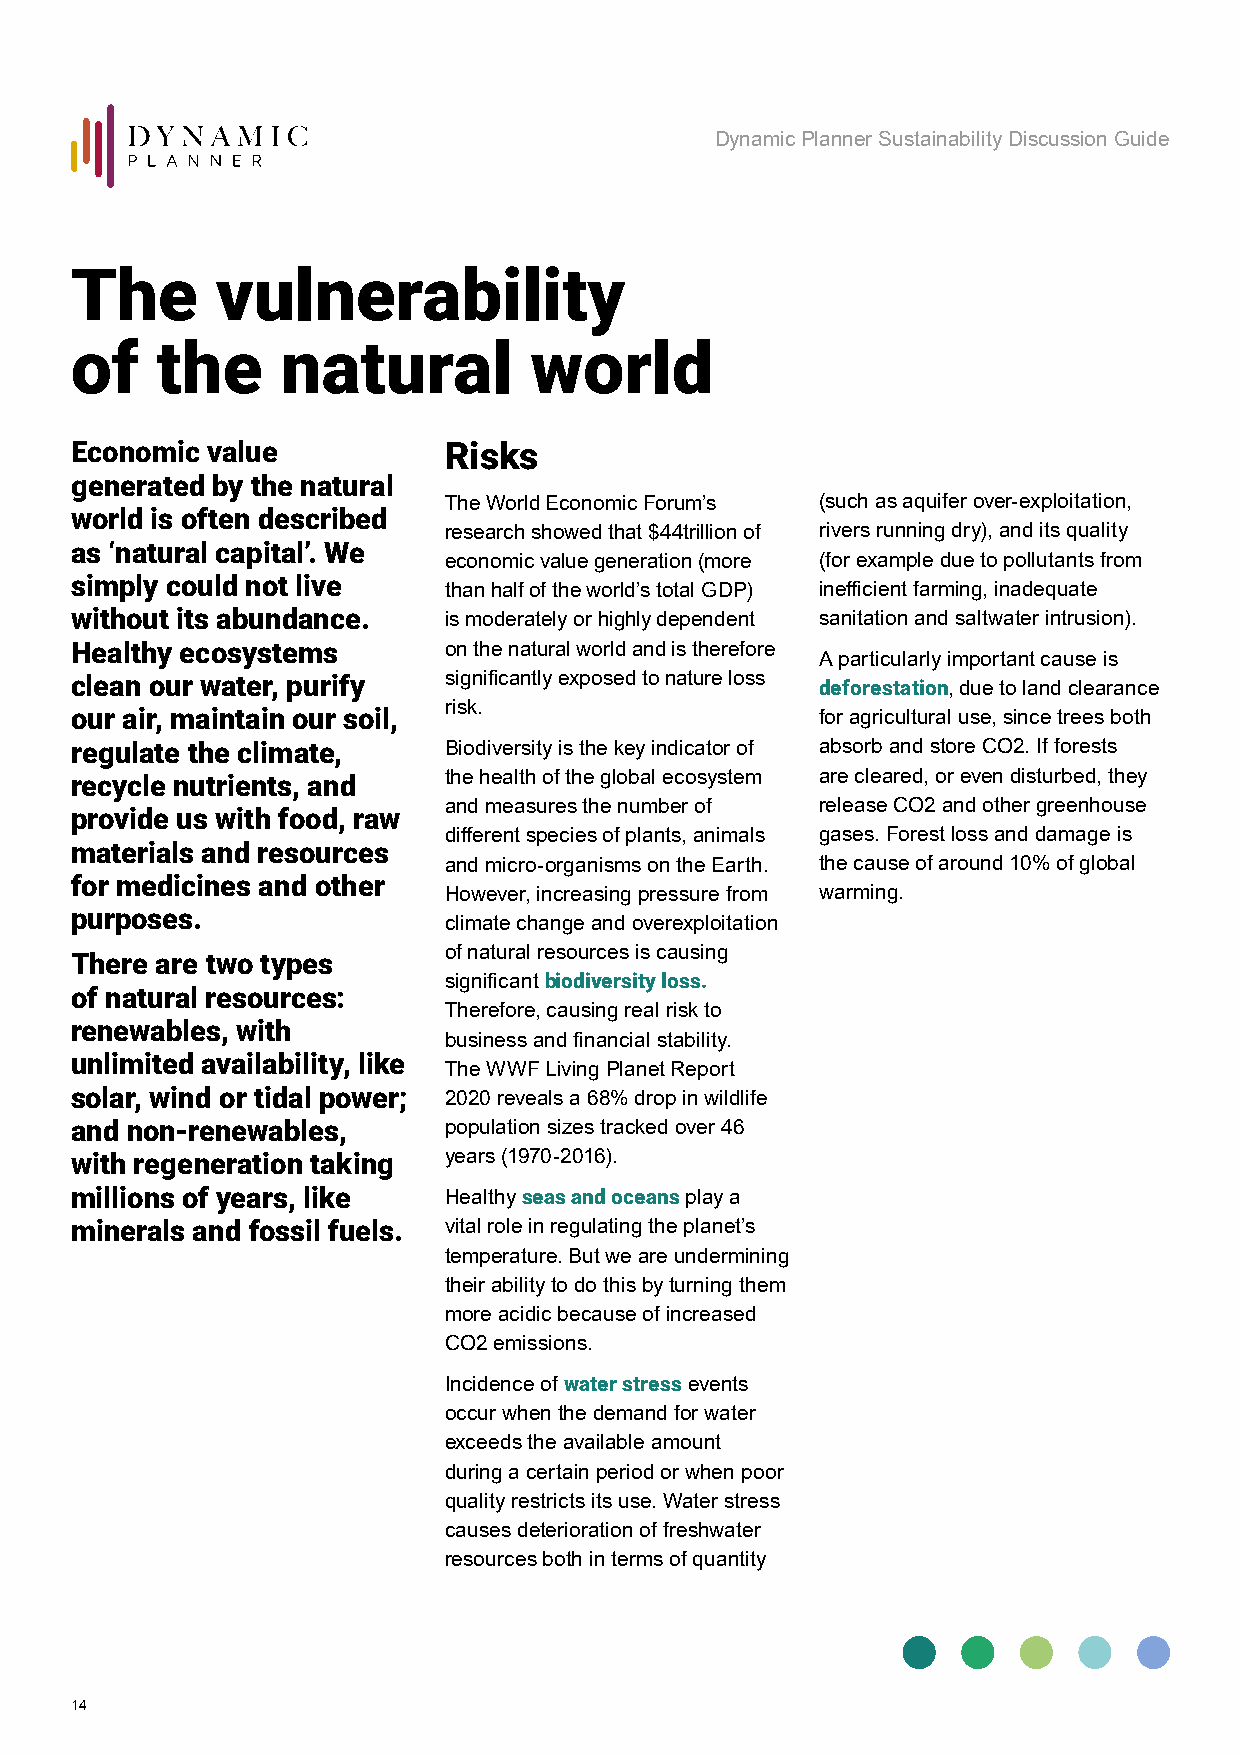
Dynamic Planner Sustainability Discussion Guide
 The      vulnerability
 of   the      natural         world
 Economic value          Risks
 generated by the natural
 The World Economic Forum’s (such as aquifer over-exploitation,
 world is often described
 research showed that $44trillion of rivers running dry), and its quality
 as ‘natural capital’. We
 economic value generation (more (for example due to pollutants from
 simply could not live
 than half of the world’s total GDP) inefficient farming, inadequate
 without its abundance.  is moderately or highly dependent sanitation and saltwater intrusion).
 Healthy ecosystems      on the natural world and is therefore
 A particularly important cause is
 clean our water, purify significantly exposed to nature loss deforestation, due to land clearance
 risk.
 our air, maintain our soil,                      for agricultural use, since trees both
 regulate the climate,   Biodiversity is the key indicator of absorb and store CO2. If forests
 recycle nutrients, and  the health of the global ecosystem are cleared, or even disturbed, they
 and measures the number of release CO2 and other greenhouse
 provide us with food, raw
 different species of plants, animals gases. Forest loss and damage is
 materials and resources
 and micro-organisms on the Earth. the cause of around 10% of global
 for medicines and other
 However, increasing pressure from warming.
 purposes.
 climate change and overexploitation
 of natural resources is causing
 There are two types
 significant biodiversity loss.
 of natural resources:
 Therefore, causing real risk to
 renewables, with
 business and financial stability.
 unlimited availability, like
 The WWF Living Planet Report
 solar, wind or tidal power; 2020 reveals a 68% drop in wildlife
 and non-renewables,     population sizes tracked over 46
 with regeneration taking years (1970-2016).
 millions of years, like Healthy seas and oceans play a
 minerals and fossil fuels. vital role in regulating the planet’s
 temperature. But we are undermining
 their ability to do this by turning them
 more acidic because of increased
 CO2 emissions.
 Incidence of water stress events
 occur when the demand for water
 exceeds the available amount
 during a certain period or when poor
 quality restricts its use. Water stress
 causes deterioration of freshwater
 resources both in terms of quantity
 14